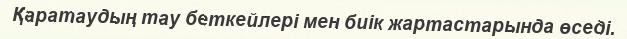
Қаратаудың тау беткейлері мен биік жартастарында өседі.